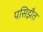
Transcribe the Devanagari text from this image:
पसिझैत